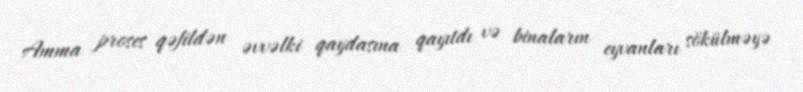
Amma proses qəfildən əvvəlki qaydasına qayıtdı və binaların eyvanları sökülməyə